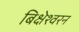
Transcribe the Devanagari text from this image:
बिक्षेश्वरन